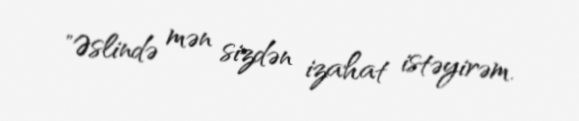
"Əslində mən sizdən izahat istəyirəm.